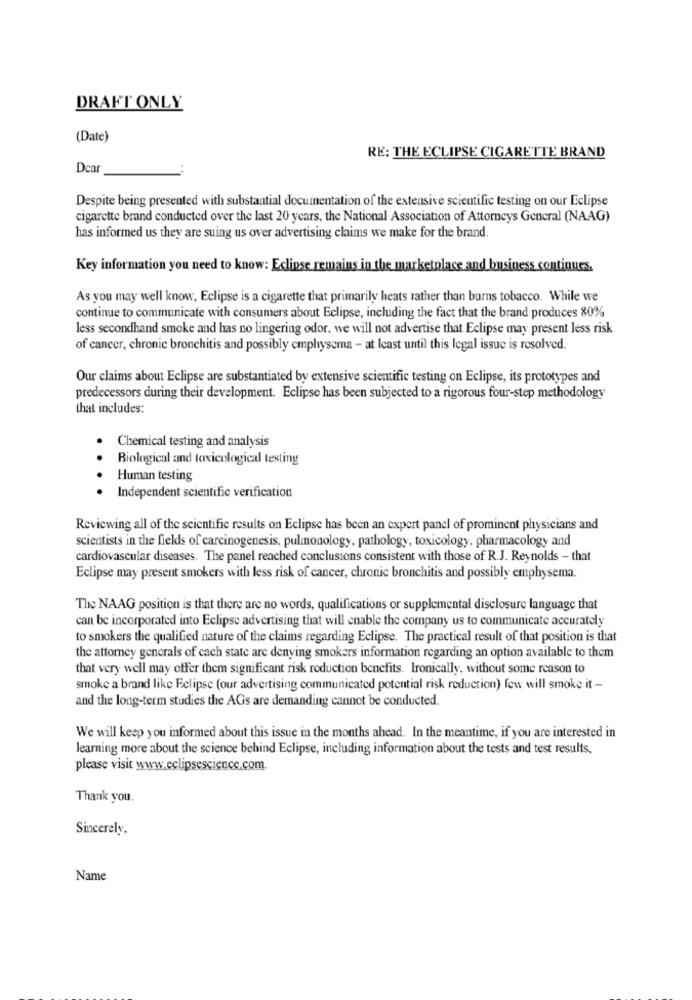
DRAFT ONLY
(Date)
RE: THE ECLIPSE CIGARETTE BRAND
Dca
Despite being presented with substantial documentation of the extensive scientific testing on our Eclipse
cigarette brand conducted over the last 20 years, the National Association of Attorneys General (NAAG)
has informed us they are suing us over advertising claims we make for the brand.
Key information you need to know: Eclipse remains in the marketplace and business continues.
As you may well know, Eclipse is a cigarette that primarily heats rather than burns tobacco. While we
continue to communicate with consumers about Eclipse, including the fact that the brand produces 80%
less secondhand smoke and has no lingering odor, we will not advertise that Eclipse may present less risk
of cancer, chronic bronchitis and possibly emphysema - at least until this legal issue is resolved.
Our claims about Eclipse are substantiated by extensive scientific testing on Eclipse, its prototypes and
predecessors during their development. Eclipse has been subjected to a rigorous four-step methodology
that includes:
Chemical testing and analysis
Biological and toxicological testing
Human testing
· Independent scientific verification
Reviewing all of the scientific results on Eclipse has been an expert panel of prominent physicians and
scientists in the fields of carcinogenesis, pulmonology, pathology, toxicology, pharmacology and
cardiovascular diseases. The panel reached conclusions consistent with those of R.J. Reynolds - that
Eclipse may present smokers with less risk of cancer, chronic bronchitis and possibly emphysema.
The NAAG position is that there are no words, qualifications or supplemental disclosure language that
can be incorporated into Eclipse advertising that will enable the company us to communicate accurately
to smokers the qualified nature of the claims regarding Eclipse. The practical result of that position is that
the attorney generals of cach state are denying smokers information regarding an option available to them
that very well may offer them significant risk reduction benefits. Ironically, without some reason to
smoke a brand like Eclipse (our advertising communicated potential risk reduction) few will smoke it -
and the long-term studies the AGs are demanding cannot be conducted.
We will keep you informed about this issue in the months ahead. In the meantime, if you are interested in
learning more about the science behind Eclipse, including information about the tests and test results,
please visit www.eclipsescience.com.
Thank you.
Sincerely.
Name